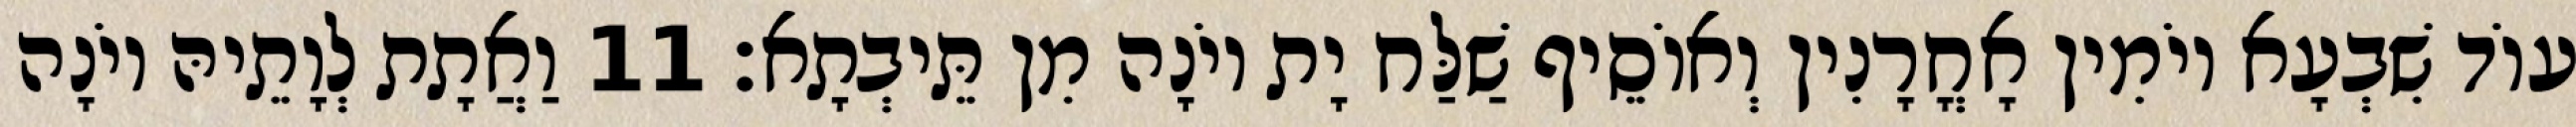
עוֹד שִׁבְעָא יוֹמִין אָחֳרָנִין וְאוֹסֵיף שַׁלַּח יָת יוֹנָה מִן תֵּיבְתָא׃ 11 וַאֲתָת לְוָתֵיהּ יוֹנָה